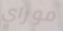
موراي